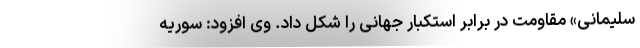
سلیمانی» مقاومت در برابر استکبار جهانی را شکل داد. وی افزود: سوریه